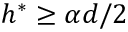
h ^ { * } \geq \alpha d / 2